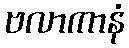
ဗလာကာနံ